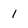
Character: 1